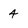
Character: 4